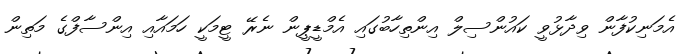
އެމަނިކުފާން ވިދާޅުވީ ކައުންސިލް އިންތިހާބުގައި އެމްޑީޕީން ނެރޭ ޓީމަކީ ހަމައާއި އިންސާފްގެ މަތިން